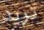
تريد